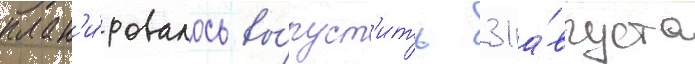
план'и́ровалось вы́пуст'ить 31 а́вгуста